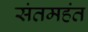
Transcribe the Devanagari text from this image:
संतमहंत